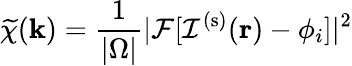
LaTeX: \widetilde{\chi}(\mathbf{k})=\frac{1}{|\Omega|}|\mathcal{F}[\mathcal{I}^{(\mathrm{{s})}}(\mathbf{r})-\phi_{i}]|^{2}